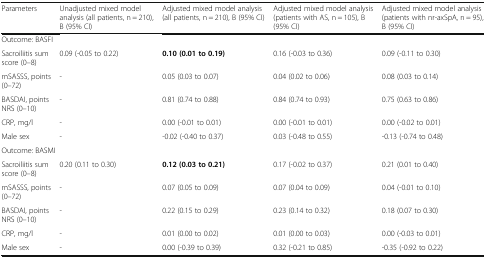
<table><thead><tr><td><b>Parameters</b></td><td><b>Unadjusted mixed model analysis (all patients, n = 210), B (95% CI)</b></td><td><b>Adjusted mixed model analysis (all patients, n = 210), B (95% CI)</b></td><td><b>Adjusted mixed model analysis (patients with AS, n = 105), B (95% CI)</b></td><td><b>Adjusted mixed model analysis (patients with nr-axSpA, n = 95), B (95% CI)</b></td></tr></thead><tbody><tr><td colspan="5">Outcome: BASFI</td></tr><tr><td>Sacroiliitis sum score (0–8)</td><td>0.09 (-0.05 to 0.22)</td><td><b>0.10 (0.01 to 0.19)</b></td><td>0.16 (-0.03 to 0.36)</td><td>0.09 (-0.11 to 0.30)</td></tr><tr><td>mSASSS, points (0–72)</td><td>-</td><td>0.05 (0.03 to 0.07)</td><td>0.04 (0.02 to 0.06)</td><td>0.08 (0.03 to 0.14)</td></tr><tr><td>BASDAI, points NRS (0–10)</td><td>-</td><td>0.81 (0.74 to 0.88)</td><td>0.84 (0.74 to 0.93)</td><td>0.75 (0.63 to 0.86)</td></tr><tr><td>CRP, mg/l</td><td>-</td><td>0.00 (-0.01 to 0.01)</td><td>0.00 (-0.01 to 0.01)</td><td>0.00 (-0.02 to 0.01)</td></tr><tr><td>Male sex</td><td>-</td><td>-0.02 (-0.40 to 0.37)</td><td>0.03 (-0.48 to 0.55)</td><td>-0.13 (-0.74 to 0.48)</td></tr><tr><td colspan="5">Outcome: BASMI</td></tr><tr><td>Sacroiliitis sum score (0–8)</td><td>0.20 (0.11 to 0.30)</td><td><b>0.12 (0.03 to 0.21)</b></td><td>0.17 (-0.02 to 0.37)</td><td>0.21 (0.01 to 0.40)</td></tr><tr><td>mSASSS, points (0–72)</td><td>-</td><td>0.07 (0.05 to 0.09)</td><td>0.07 (0.04 to 0.09)</td><td>0.04 (-0.01 to 0.10)</td></tr><tr><td>BASDAI, points NRS (0–10)</td><td>-</td><td>0.22 (0.15 to 0.29)</td><td>0.23 (0.14 to 0.32)</td><td>0.18 (0.07 to 0.30)</td></tr><tr><td>CRP, mg/l</td><td>-</td><td>0.01 (0.00 to 0.02)</td><td>0.01 (0.00 to 0.03)</td><td>0.00 (-0.03 to 0.01)</td></tr><tr><td>Male sex</td><td>-</td><td>0.00 (-0.39 to 0.39)</td><td>0.32 (-0.21 to 0.85)</td><td>-0.35 (-0.92 to 0.22)</td></tr></tbody></table>